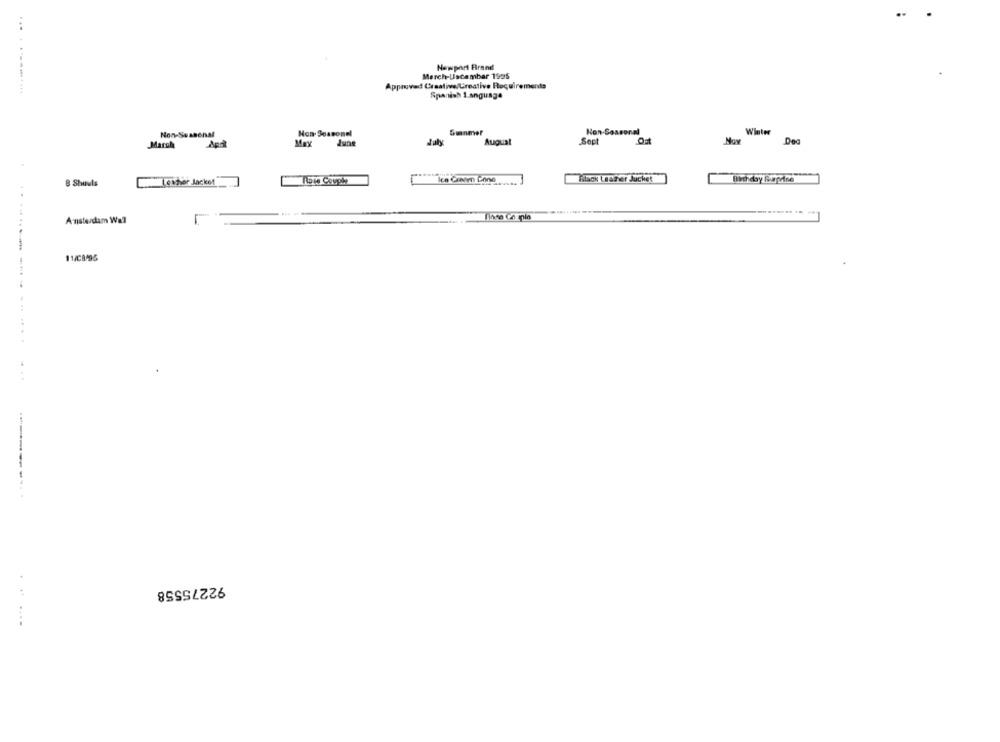
Newport Brand
March-Uscember 1995
Approved Creative Creative Rocuirements
... ..----.....
Spartich 1 anguage
Non-Seasonal
Non- Seasonel
Gunmer
Non-Seasonal
Winter
June
July
Augual
Sept
Ost
Dea
March
Max
Black Leather Jucket
Birthday Rupdine
8 Shuvls
. [cahier Jacket __
IDK Couph
Amsterdam Wall
11/C8495
............ .... . .......
...
-------
92275558
.....